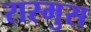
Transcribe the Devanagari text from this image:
रास्मुस